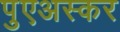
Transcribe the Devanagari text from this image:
पुएअस्कर